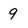
Character: 9